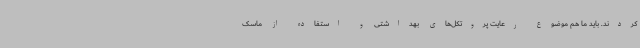
کردند. باید ما هم موضوع رعایت پروتکل‌های بهداشتی و استفاده از ماسک